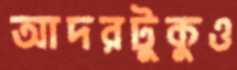
আদরটুকুও